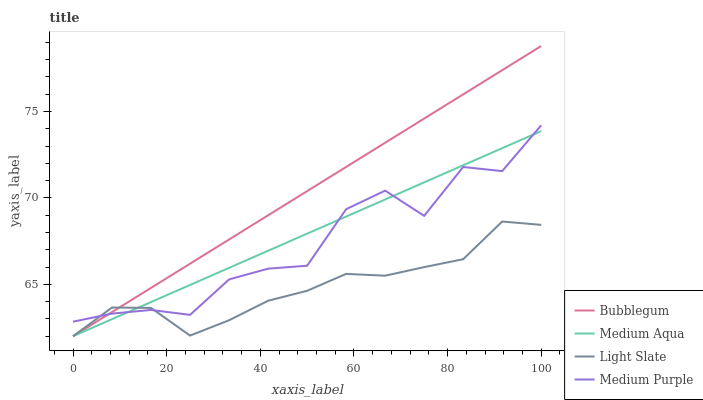
| xaxis_label | Bubblegum | Medium Aqua | Light Slate | Medium Purple |
 | --- | --- | --- | --- | --- |
 | 0 | 62 | 62 | 62 | 62.8 |
 | 8.33 | 63.4 | 63 | 63.7 | 63.3 |
 | 16.7 | 64.8 | 64 | 63.6 | 63.5 |
 | 25 | 66.2 | 65 | 62 | 63.2 |
 | 33.3 | 67.6 | 66 | 62.9 | 65.3 |
 | 41.7 | 69 | 66.9 | 64.1 | 65.9 |
 | 50 | 70.4 | 67.9 | 64.6 | 66.1 |
 | 58.3 | 71.8 | 68.9 | 65.6 | 69.3 |
 | 66.7 | 73.2 | 69.9 | 65.5 | 70.4 |
 | 75 | 74.6 | 70.9 | 66 | 69 |
 | 83.3 | 76 | 71.9 | 66.5 | 71.8 |
 | 91.7 | 77.4 | 72.9 | 68.6 | 71.6 |
 | 100 | 78.8 | 73.9 | 68.4 | 74.2 |